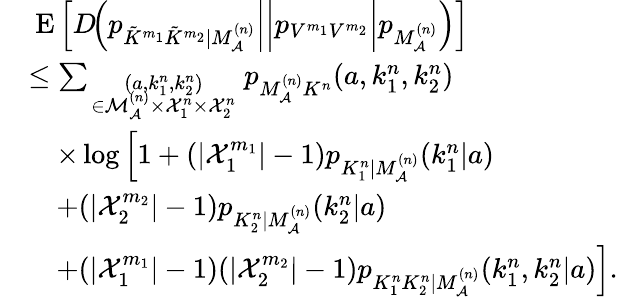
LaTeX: \begin{array}{rl}&{\mathrm{\mathbf~E}\left[D\! \! \left.\left.\left.\left(p_{\tilde{K}^{m_{1}}\tilde{K}^{m_{2}}|M_{\cal A}^{(n)}}\right|\right|p_{V^{m_{1}}V^{m_{2}}}\right|p_{M_{\cal A}^{(n)}}\right)\right]}\\ &{\leq\sum_{\scriptstyle(a,k_{1}^{n},k_{2}^{n})\atop{\scriptstyle\in{\cal M}_{\cal A}^{(n)}\times{\cal X}_{1}^{n}\times{\cal X}_{2}^{n}}}p_{M_{\cal A}^{(n)}K^{n}}(a,k_{1}^{n},k_{2}^{n})}\\ &{\quad\times\log\left[1+(|{\cal X}_{1}^{m_{1}}|-1)p_{K_{1}^{n}|M_{\cal A}^{(n)}}(k_{1}^{n}|a)\right.}\\ &{\quad+(|{\cal X}_{2}^{m_{2}}|-1)p_{K_{2}^{n}|M_{\cal A}^{(n)}}(k_{2}^{n}|a)}\\ &{\left.\quad+(|{\cal X}_{1}^{m_{1}}|-1)(|{\cal X}_{2}^{m_{2}}|-1)p_{K_{1}^{n}K_{2}^{n}|M_{\cal A}^{(n)}}(k_{1}^{n},k_{2}^{n}|a)\right].}\end{array}